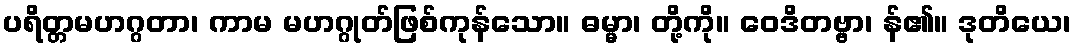
ပရိတ္တမဟဂ္ဂတာ၊ ကာမ မဟဂ္ဂုတ်ဖြစ်ကုန်သော။ ဓမ္မာ၊ တို့ကို။ ဝေဒိတဗ္ဗာ၊ န်၏။ ဒုတိယေ၊